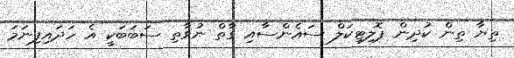
ތިޔާ ތިން ކުދިން ޕޮލިޓިކަލް ސައެންސާއި ގާތް ނުވާތި ސަބަބަކީ އެ ހަދައިފިނަމަ